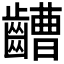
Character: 𪙡